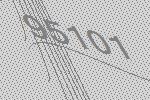
95101